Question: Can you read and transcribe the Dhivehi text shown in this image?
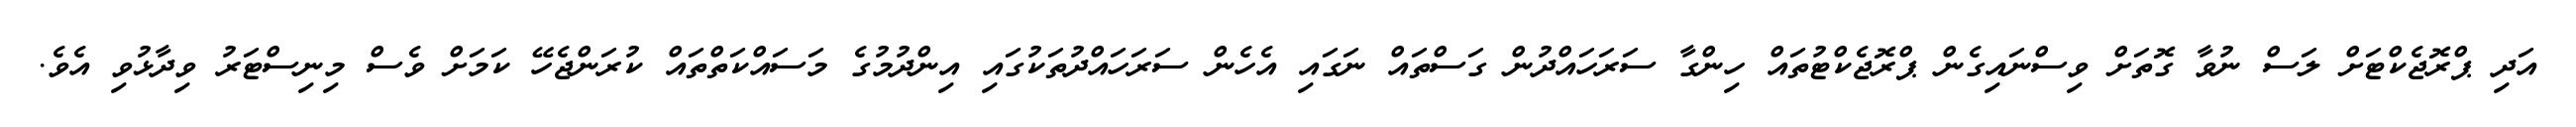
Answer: އަދި ޕްރޮޖެކްޓަށް ލަސް ނުވާ ގޮތަށް ވިސްނައިގެން ޕްރޮޖެކްޓުތައް ހިންގާ ސަރަހައްދުން ގަސްތައް ނަގައި އެހެން ސަރަހައްދުތަކުގައި އިންދުމުގެ މަސައްކަތްތައް ކުރަންޖެހޭ ކަމަށް ވެސް މިނިސްޓަރު ވިދާޅުވި އެވެ.